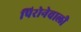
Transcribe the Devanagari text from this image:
पिरोनेवाली